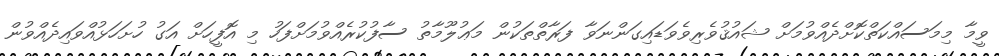
ވީމާ މިމަސައްކަތްކޮށްދެއްވުމަށް ޝައުޤުވެރިވެވަޑައިގަންނަވާ ފަރާތްތަކުން މަޢުލޫމާތު ސާފުކުރެއްވުމަށްފަހު މި އޮފީހަށް އަގު ހުށަހަޅުއްވައިދެއްވުން